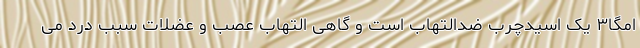
امگا۳ یک اسیدچرب ضدالتهاب است و گاهی التهاب عصب و عضلات سبب درد می